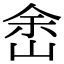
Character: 峹